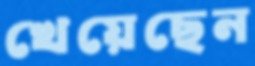
খেয়েছেন